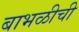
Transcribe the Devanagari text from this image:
बाभळीची